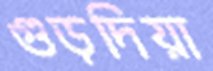
গুড়দিয়া